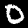
Label: 0